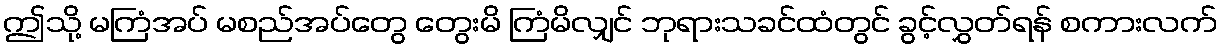
ဤသို့ မကြံအပ် မစည်အပ်တွေ တွေးမိ ကြံမိလျှင် ဘုရားသခင်ထံတွင် ခွင့်လွှတ်ရန် စကားလက်